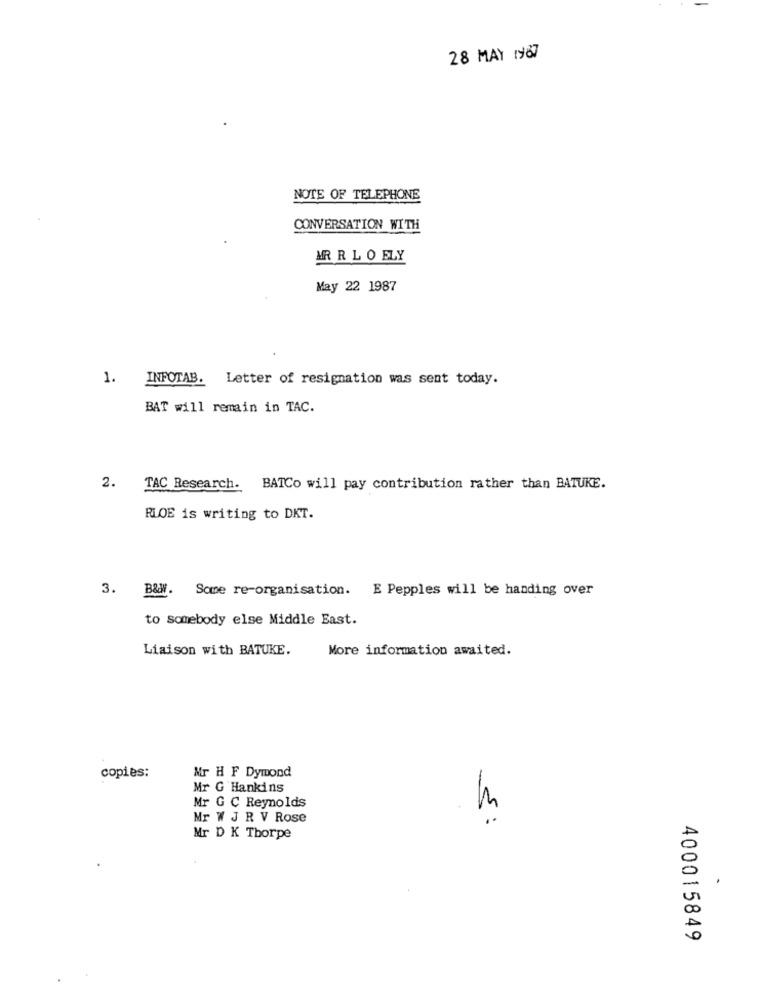
28 MAY 1967
NOTE OF TELEPHONE
CONVERSATION WITH
MR R L O ELY
May 22 1987
1. INFOTAB. Letter of resignation was sent today.
BAT will remain in TAC.
2.
TAC Research. BATCo will pay contribution rather than BATUKE.
RLOE is writing to DKT.
3. B&W. Some re-organisation. E Pepples will be handing over
to somebody else Middle East.
Liaison with BATUKE.
More information awaited.
copies:
Mr H F Dymond
Mr G Hankins
Mr G C Reynolds
Mr W J R V Rose
5:
Mr D K Thorpe
400015849